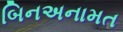
બિનઅનામત